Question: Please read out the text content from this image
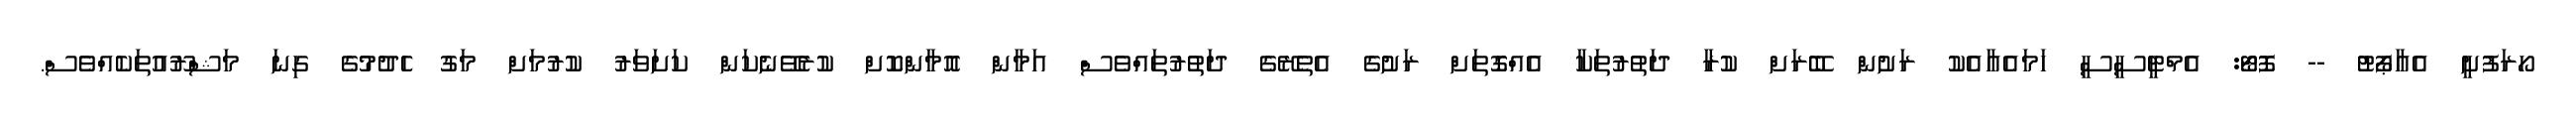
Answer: ހޯރަފުށީ އެއާޕޯޓު -- ފޮޓޯ: އެމްޓީސީސީ ހަމައެއާއެކު ރަށުން ބޭރަށް ކުރާ ދަތުރުތަކާ އެއްގޮތަށް ރަށުގެ އެތެރޭގެ ދަތުރުތައްވެސް އަމާން އޮމާންކޮށް ކުރެވޭނެކަން ކަށަވަރު ކުރުމަށް މަގު ހެދުމުގެ ގިނަ މަޝްރޫއުތަކެއްވެސް.